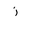
Letter: _zay